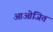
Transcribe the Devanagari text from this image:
आओजित